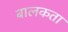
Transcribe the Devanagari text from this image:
बालकता